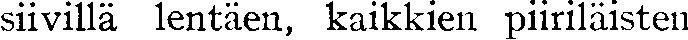
siivillä lentäen, kaikkien piiriläisten